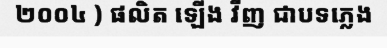
២០០៤ ) ផលិត ឡើង វីញ ជាបទភ្លេង